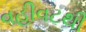
વહીવટથી